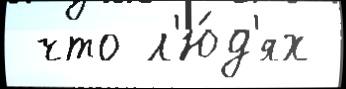
 что л'ю́д'ях